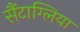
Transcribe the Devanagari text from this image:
सैंटाग्लिया